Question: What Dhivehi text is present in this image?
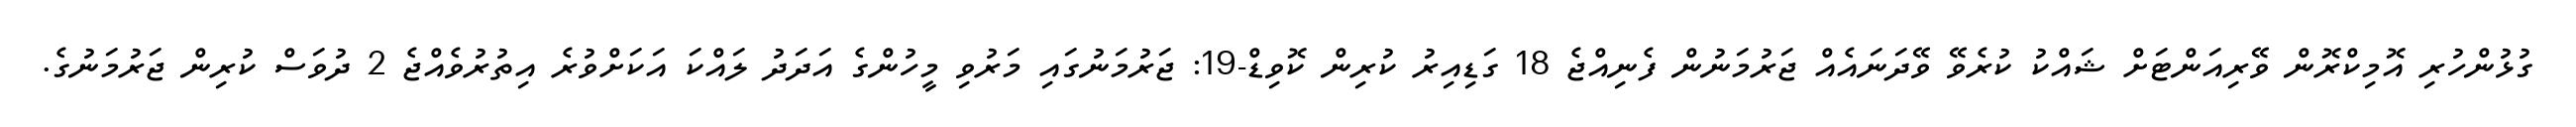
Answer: ގުޅުންހުރި އޮމިކްރޮން ވޭރިއަންޓަށް ޝައްކު ކުރެވޭ ވޭދަނައެއް ޖަރުމަނުން ފެނިއްޖެ 18 ގަޑިއިރު ކުރިން ކޮވިޑް-19: ޖަރުމަނުގައި މަރުވި މީހުންގެ އަދަދު ލައްކަ އަކަށްވުރެ އިތުރުވެއްޖެ 2 ދުވަސް ކުރިން ޖަރުމަނުގެ.